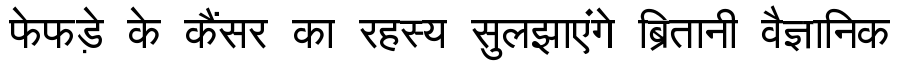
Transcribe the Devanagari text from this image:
फेफड़े के कैंसर का रहस्य सुलझाएंगे ब्रितानी वैज्ञानिक